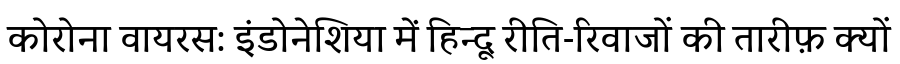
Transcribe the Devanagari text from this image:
कोरोना वायरस: इंडोनेशिया में हिन्दू रीति-रिवाजों की तारीफ़ क्यों